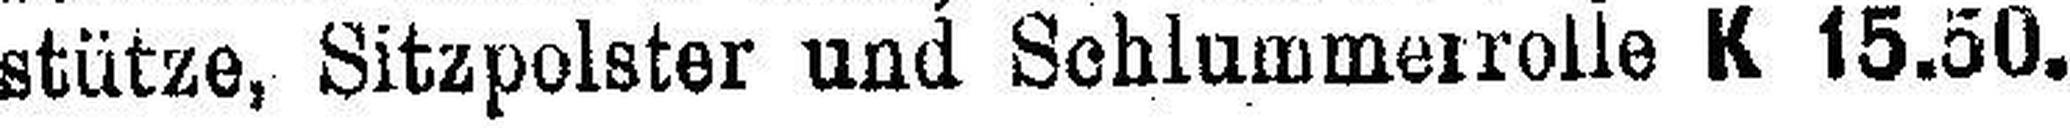
stütze, Sitzpolster und Schlummerrolle K 15.50.